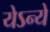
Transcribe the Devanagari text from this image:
येऽन्ये